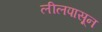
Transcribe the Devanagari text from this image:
लीलपासून